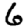
Digit: 6